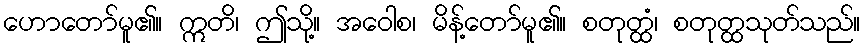
ဟောတော်မူ၏။ ဣတိ၊ ဤသို့။ အဝေါစ၊ မိန့်တော်မူ၏။ စတုတ္ထံ၊ စတုတ္ထသုတ်သည်။